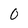
Character: 0